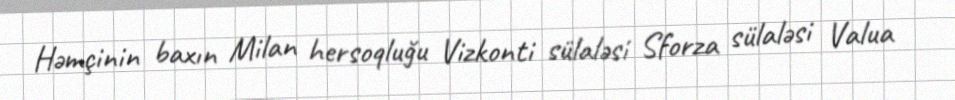
Həmçinin baxın Milan hersoqluğu Vizkonti sülaləsi Sforza sülaləsi Valua